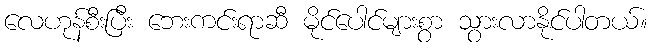
လေဟုန်စီးပြီး ဘေးကင်းရာဆီ မိုင်ပေါင်များစွာ သွားလာနိုင်ပါတယ်။